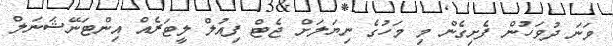
ވަނަ ދުވަހުން ފެށިގެން މި މަހުގެ ނިޔަލަށް ޖެޓް ފިއުލް ލީޓަރެއް އިންޓަނޭޝަނަލް